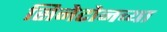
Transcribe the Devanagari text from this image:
सिनेटोनच्या